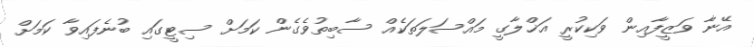
އޭނާ ވަޒީފާއިން ވަކިކުރީ އަޚްލާގީ މައްސަލަތަކެއް ސާބިތުވެގެން ކަމަށް ސިޓީގައި ބުނެފައިވާ ކަމަށް